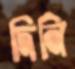
দিনি